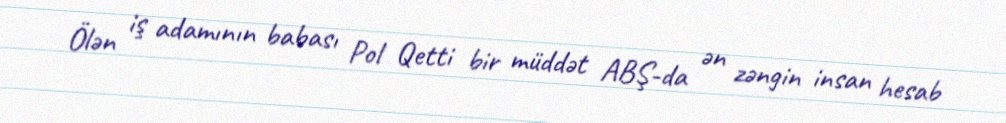
Ölən iş adamının babası Pol Qetti bir müddət ABŞ-da ən zəngin insan hesab